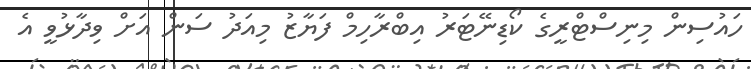
ހައުސިން މިނިސްޓްރީގެ ކޯޑިނޭޓަރު އިބްރާހިމް ފަޔާޒު މިއަދު ސަން އަށް ވިދާޅުވީ އެ